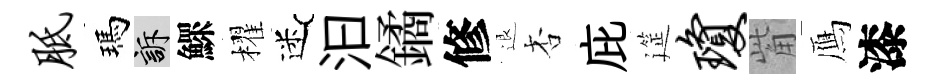
胝瑪訴鰥櫂迷汩鐍修退杏庇筵琼觜鴈漆